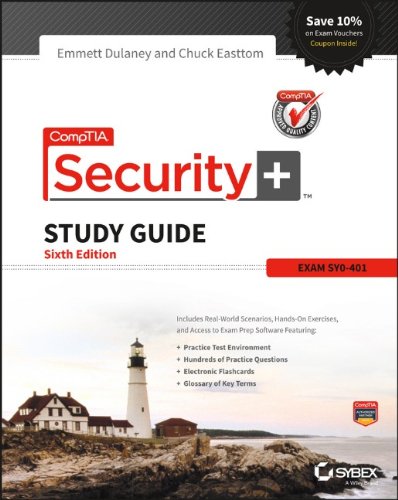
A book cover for CompTIA Security+ Study Guide: SY0-401; Emmett Dulaney; Computers & Technology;